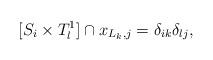
LaTeX: \begin{align*}[S_i\times T^1_{l}]\cap x_{L_k,j} = \delta_{ik}\delta_{lj},\end{align*}